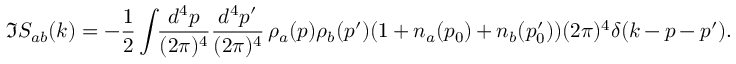
\Im S _ { a b } ( k ) = - \frac 1 2 \int \! \! \frac { d ^ { 4 } p } { ( 2 \pi ) ^ { 4 } } \frac { d ^ { 4 } p ^ { \prime } } { ( 2 \pi ) ^ { 4 } } \, \rho _ { a } ( p ) \rho _ { b } ( p ^ { \prime } ) ( 1 + n _ { a } ( p _ { 0 } ) + n _ { b } ( p _ { 0 } ^ { \prime } ) ) ( 2 \pi ) ^ { 4 } \delta ( k - p - p ^ { \prime } ) .